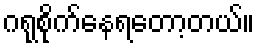
ဂရုစိုက်နေရတော့တယ်။